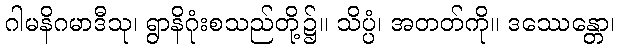
ဂါမနိဂမာဒီသု၊ ရွာနိဂုံးစသည်တို့၌။ သိပ္ပံ၊ အတတ်ကို။ ဒဿေန္တော၊